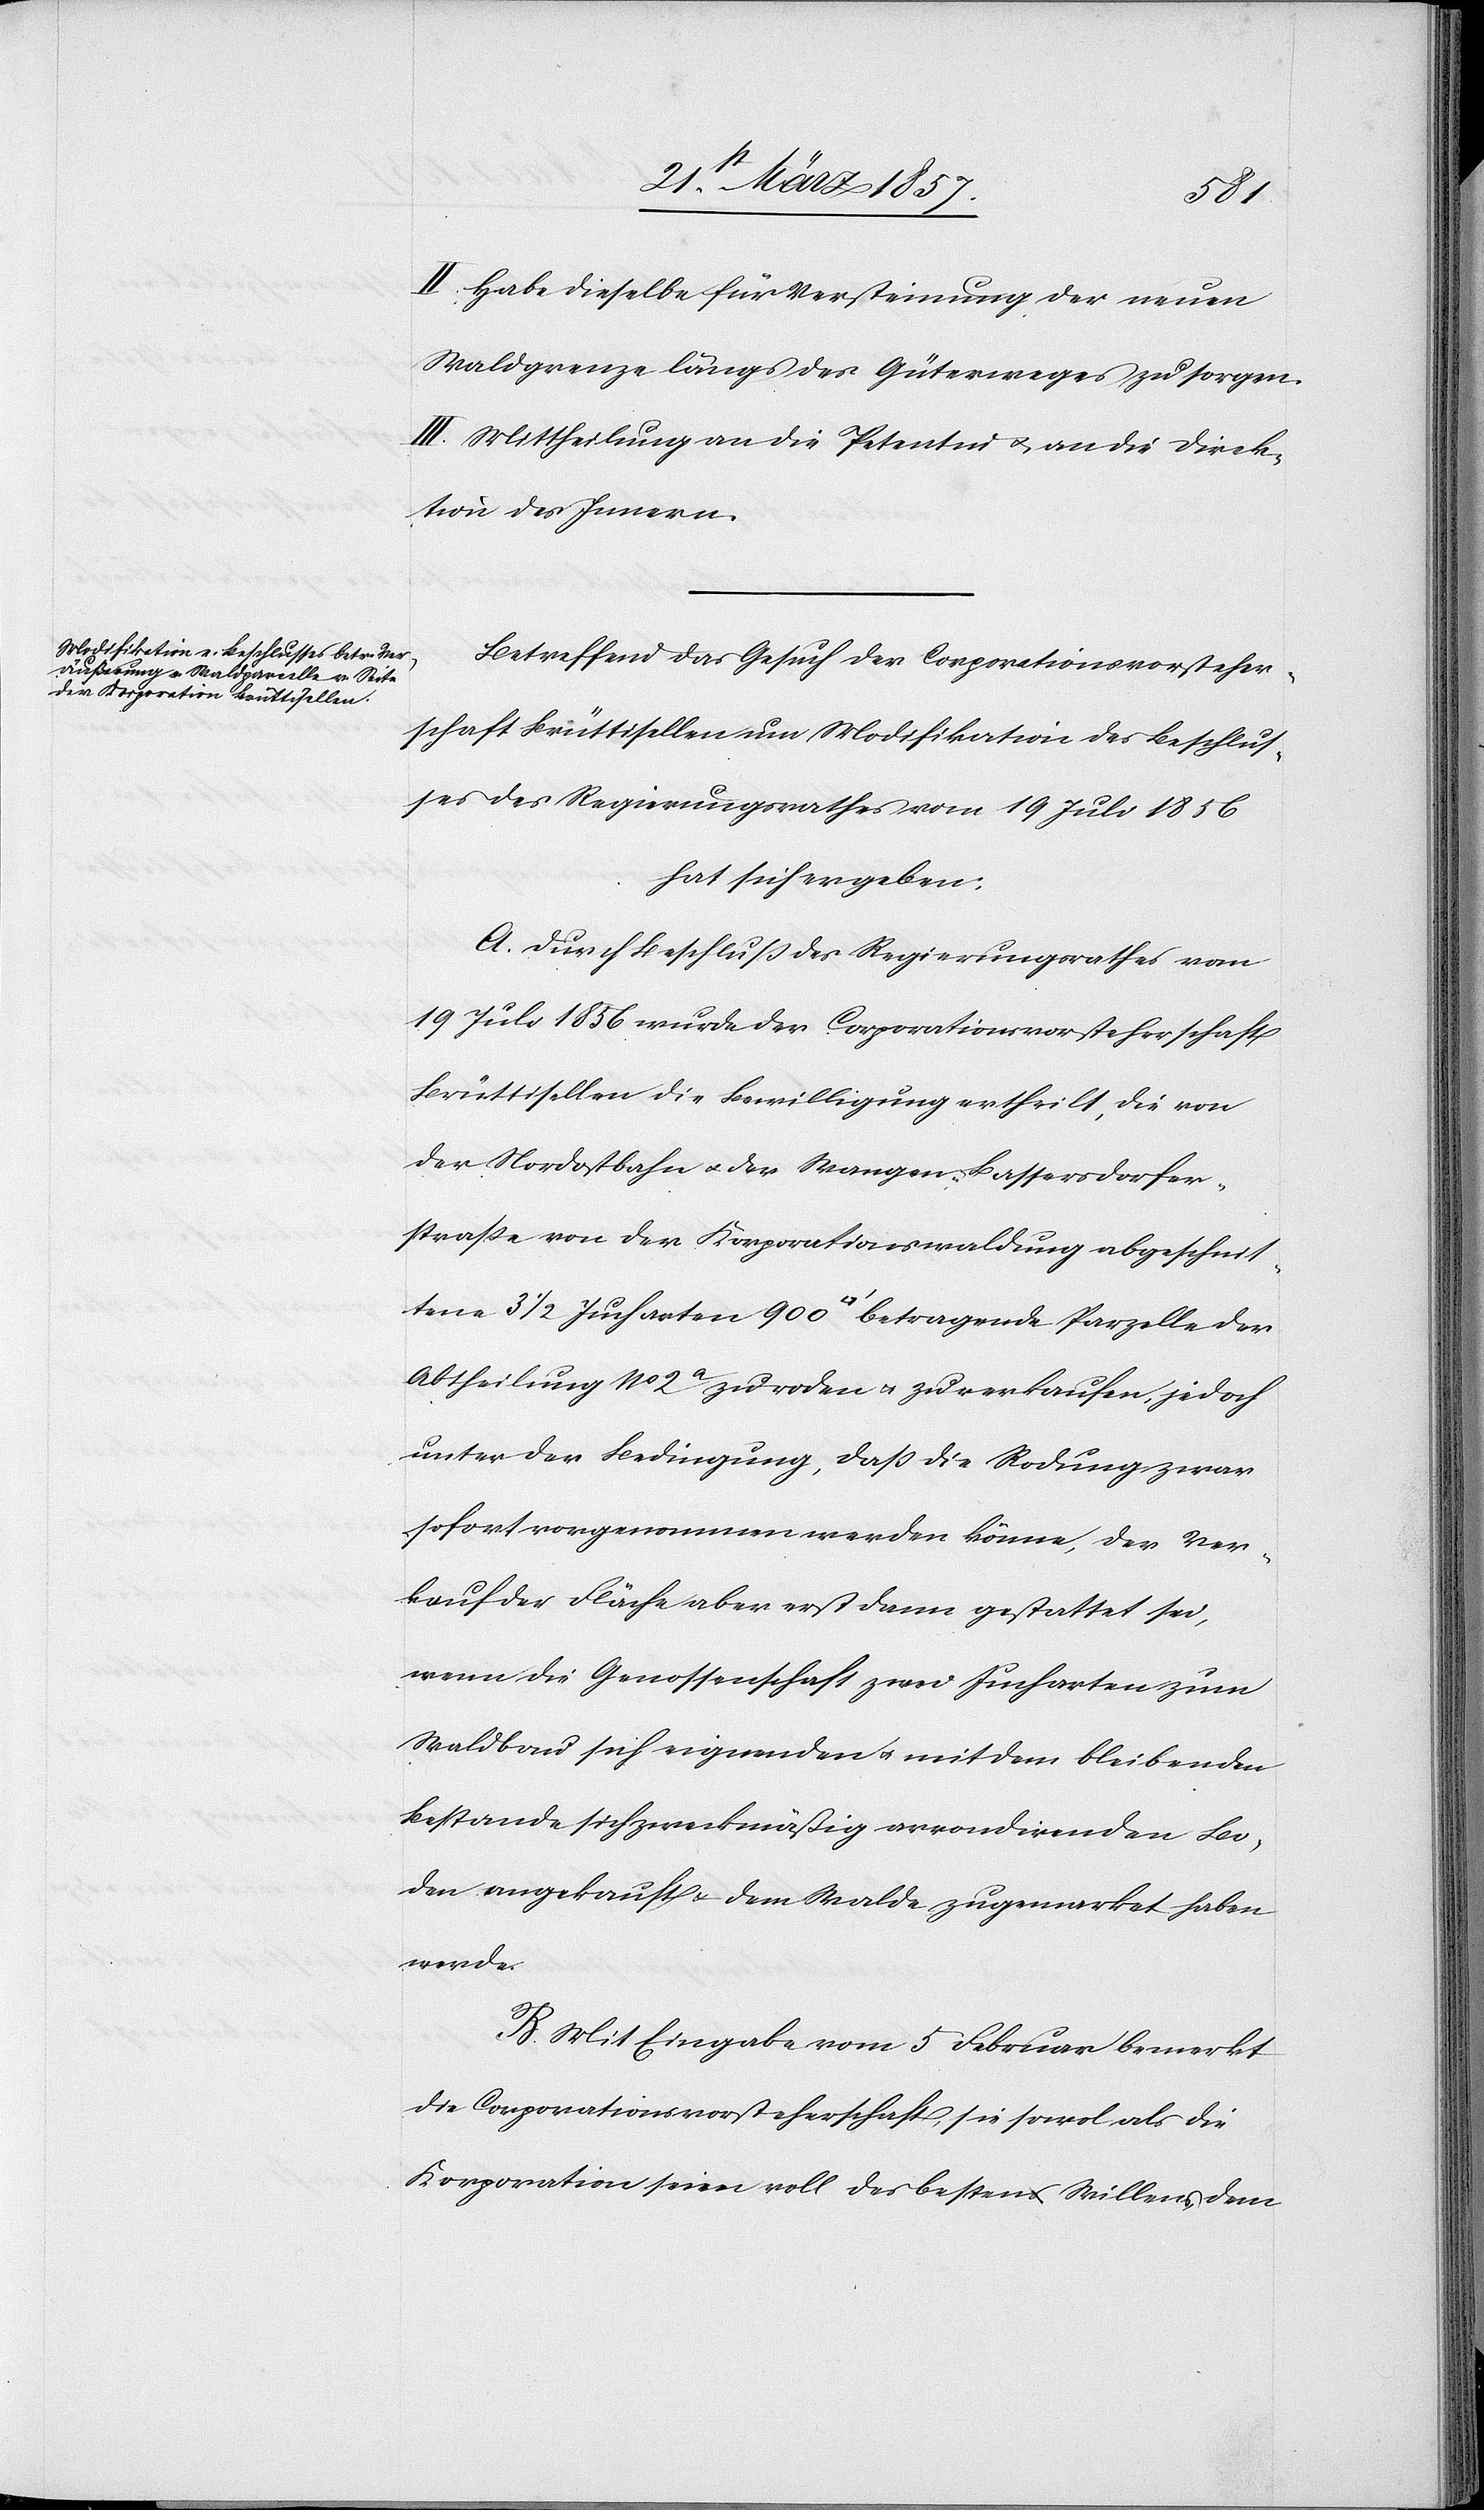
3 ½
II. Habe dieselbe für Versteinung der neuen
Waldgrenze längs des Güterweges zu sorgen.
III. Mittheilung an die Petentin u. an die Direk¬
tion des Innern.
Betreffend das Gesuch der Corporationsvorsteher¬
schaft Brüttisellen um Modifikation des Beschlus¬
ses des Regierungsrathes vom 19 Juli 1856
hat sich ergeben:
A. Durch Beschluß des Regierungsrathes vom
19 Juli 1856 wurde der Corporationsvorsteherschaft
Brüttisellen die Bewilligung ertheilt, die von
der Nordostbahn u. der Wangen-Bassersdorfer¬
straße von der Korporationswaldung abgeschnittene
Abtheilung No 2a zu roden u. zu verkaufen, jedoch
unter der Bedingung, daß die Rodung zwar
sofort vorgenommen werden könne, der Ver¬
lauf der Fläche aber erst dann gestattet sei,
wenn die Genossenschaft zwei Jucharten zum
Waldbau sich eignenden u. mit dem bleibenden
Bestande sich zweckmäßig arrondirenden Bo¬
den angekauft u. dem Walde zugemarket haben
werde.
B. Mit Eingabe vom 5 Februar bemerkt
die Corporationsvorsteherschaft, sie sowol als die
Korporation seien voll des besten Willens, dem